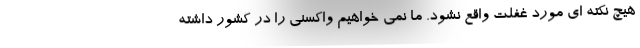
هیچ نکته ای مورد غفلت واقع نشود. ما نمی خواهیم واکسنی را در کشور داشته